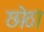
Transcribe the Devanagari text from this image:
छोठा